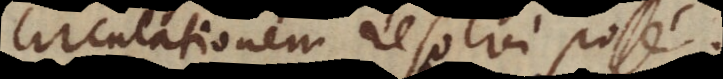
circulationem resolvi posse.